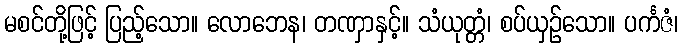
မစင်တို့ဖြင့် ပြည့်သော။ လောဘေန၊ တဏှာနှင့်။ သံယုတ္တံ၊ စပ်ယှဉ်သော။ ပင်္ကဇံ၊